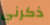
ذكرني